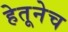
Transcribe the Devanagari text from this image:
हेतूनेच